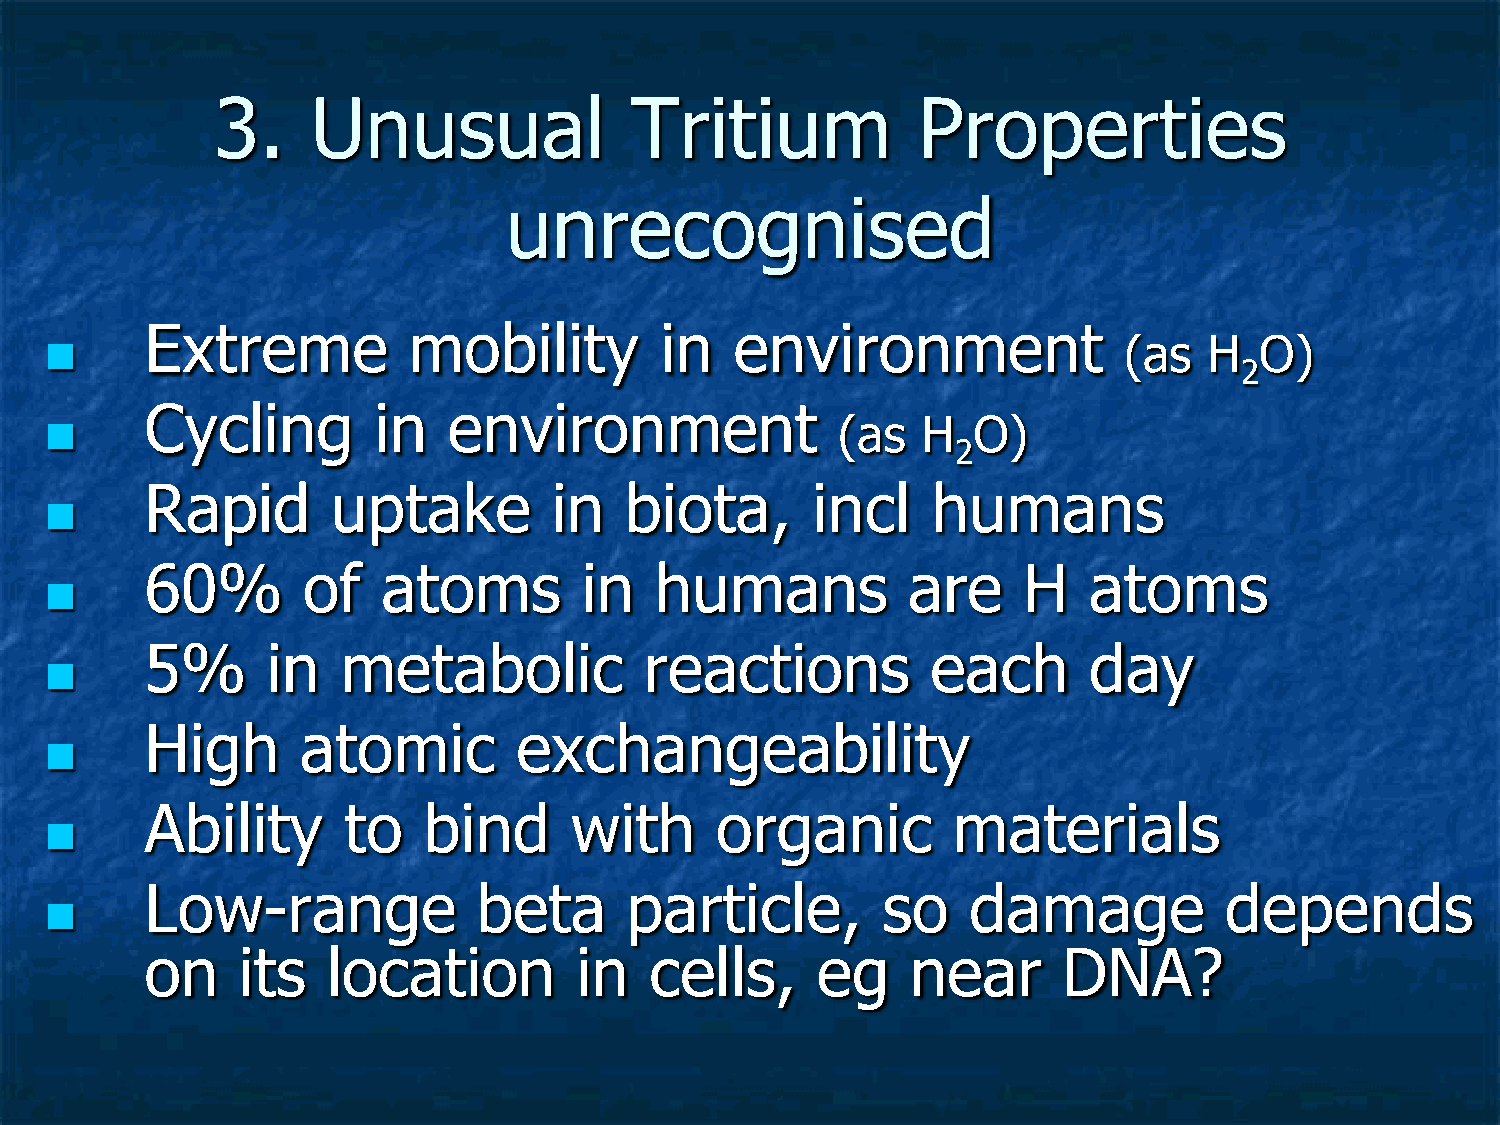
3.     Unusual              Tritium            Properties
 unrecognised
 Extreme          mobility         in   environment
                                                                       (as   H  O)
 2
 Cycling        in   environment
                                                    (as   H  O)
 2
 Rapid       uptake         in  biota,       incl    humans
 
 60%       of   atoms         in  humans           are     H   atoms
 
 5%      in   metabolic           reactions          each      day
 
 High      atomic        exchangeability
 
 Ability      to   bind      with     organic         materials
 
 Low-range             beta     particle,        so    damage           depends
 
 on    its   location        in   cells,     eg    near      DNA?